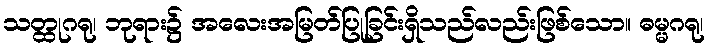
သတ္ထုဂရု၊ ဘုရား၌ အလေးအမြတ်ပြုခြင်းရှိသည်လည်းဖြစ်သော။ ဓမ္မဂရု၊